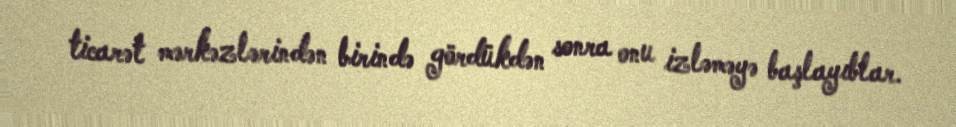
ticarət mərkəzlərindən birində gördükdən sonra onu izləməyə başlayıblar.